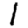
Digit: 1